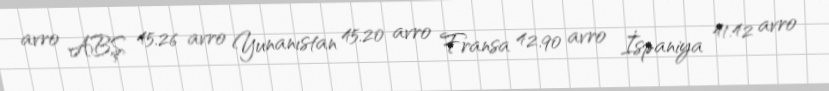
avro ABŞ 45.26 avro Yunanıstan 45.20 avro Fransa 42.90 avro İspaniya 41.42 avro